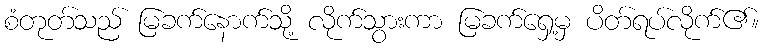
စံတုတ်သည် မြခက်နောက်သို့ လိုက်သွားကာ မြခက်ရှေ့မှ ပိတ်ရပ်လိုက်၏။